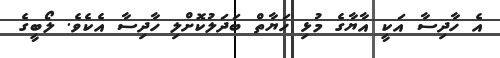
އެ ހާދިސާ އަކީ އާޔާގެ މުޅި ހަޔާތް ބަދަލުކޮށްލި ހާދިސާ އެކެވެ. ލޯބީގެ